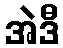
အဲဒီ